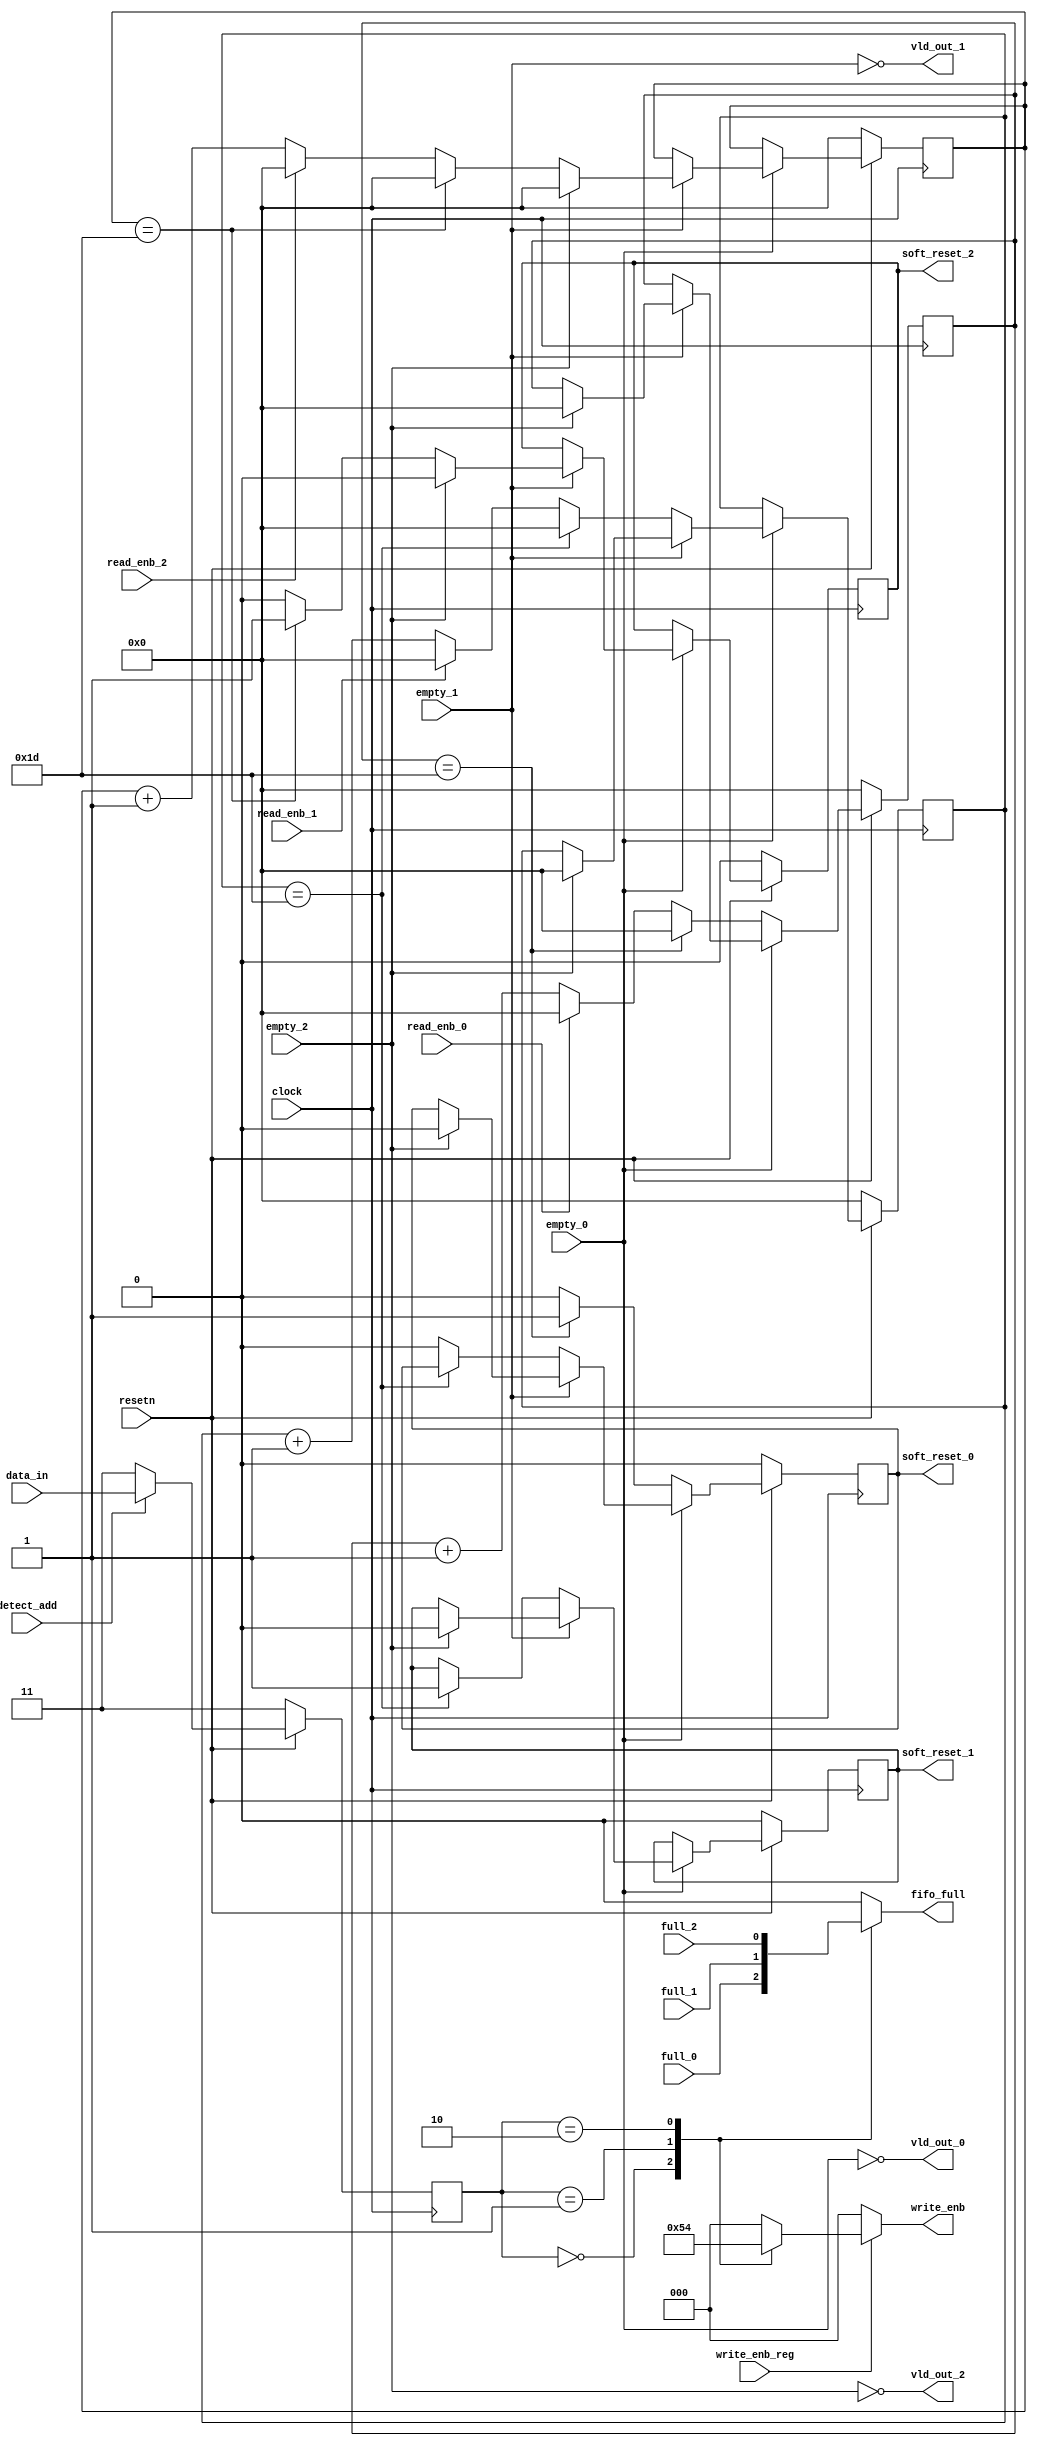
module router_sync(clock,resetn,detect_add,data_in,write_enb_reg,read_enb_0,read_enb_1,read_enb_2,empty_0,empty_1,empty_2,full_0,full_1,full_2,vld_out_0,vld_out_1,vld_out_2,soft_reset_0,soft_reset_1,soft_reset_2,fifo_full,write_enb);

input [1:0]data_in;
input clock,resetn,detect_add,write_enb_reg,read_enb_0,read_enb_1,read_enb_2,empty_0,empty_1,empty_2,full_0,full_1,full_2;

output vld_out_0,vld_out_1,vld_out_2;
output reg soft_reset_0,soft_reset_1,soft_reset_2,fifo_full;
output reg[2:0]write_enb;

reg [1:0]int_addr_reg;
reg [4:0]timer_0=5'b0;
reg [4:0]timer_1=5'b0;
reg [4:0]timer_2=5'b0;

  //latch the address logic
always @(posedge clock)
  begin
        if(!resetn)
		   begin
		         int_addr_reg<=2'b11;
		   end
		else if(detect_add)
		   begin
		         int_addr_reg<=data_in;
		   end
		else
		    int_addr_reg<=2'b11;
  end
  
  
  //write_enb logic
always @(*)
  begin
        write_enb=3'b000;
		if(write_enb_reg)
		   begin
		        case(int_addr_reg)
					      2'b00 : write_enb=3'b001;
						  2'b01 : write_enb=3'b010;
						  2'b10 : write_enb=3'b100;
						  default write_enb=3'b000;
			    endcase
		   end
   end
   
   //valid out signal logic
assign vld_out_0=~empty_0;
assign vld_out_1=~empty_1;
assign vld_out_2=~empty_2;

  //fifo full logic
always@(*)
  begin
        case(int_addr_reg)
                 2'b00 :fifo_full=full_0;
                 2'b01 :fifo_full=full_1;
                 2'b10 :fifo_full=full_2;
                 default fifo_full=0;
        endcase
  end

   // soft reset logic
always@(posedge clock)
    begin
	      if(!resetn)
		    begin
			      soft_reset_0<=1'b0;
				  soft_reset_1<=1'b0;
				  soft_reset_2<=1'b0;
				  timer_0<=5'b0;
				  timer_1<=5'b0;
				  timer_2<=5'b0;
			end
		  else
		    begin
			      if(vld_out_0)
				    begin
						 timer_0<= (read_enb_0)? 5'b0:timer_0+1;	
						 if(timer_0==5'd29)
						    begin
							      soft_reset_0<=1'b1;
								  timer_0<=5'b0;
						    end
						 else
						      soft_reset_0<=1'b0;
					end
				  else if(vld_out_1)
				    begin
						 timer_1<= (read_enb_1)? 5'b0:timer_1+1;	
						 if(timer_1==5'd29)
						    begin
							      soft_reset_1<=1'b1;
								  timer_1<=5'b0;
						    end
						 else
						      soft_reset_0<=1'b0;
					end
				  else if(vld_out_2)
				    begin
						 timer_2<= (read_enb_2)? 5'b0:timer_2+1;	
						 if(timer_2==5'd29)
						    begin
							      soft_reset_2<=1'b1;
								  timer_2<=5'b0;
						    end
						 else
						      soft_reset_2<=1'b0;
					end
			      else
				    begin
					      soft_reset_0<=1'b0;
				          soft_reset_1<=1'b0;
				          soft_reset_2<=1'b0;
				          timer_0<=5'b0;
						  timer_1<=5'b0;
						  timer_2<=5'b0;
				    end
			end
	end

endmodule